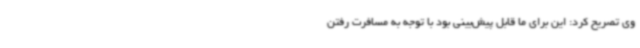
وی تصریح کرد: این برای ما قابل پیش‌بینی بود با توجه به مسافرت رفتن